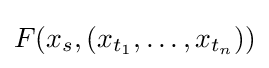
F(x_{s},(x_{t_{1}},\ldots ,x_{t_{n}}))